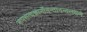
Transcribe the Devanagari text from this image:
रूपसत्यज्ञानाँनन्तानन्दलक्षणे